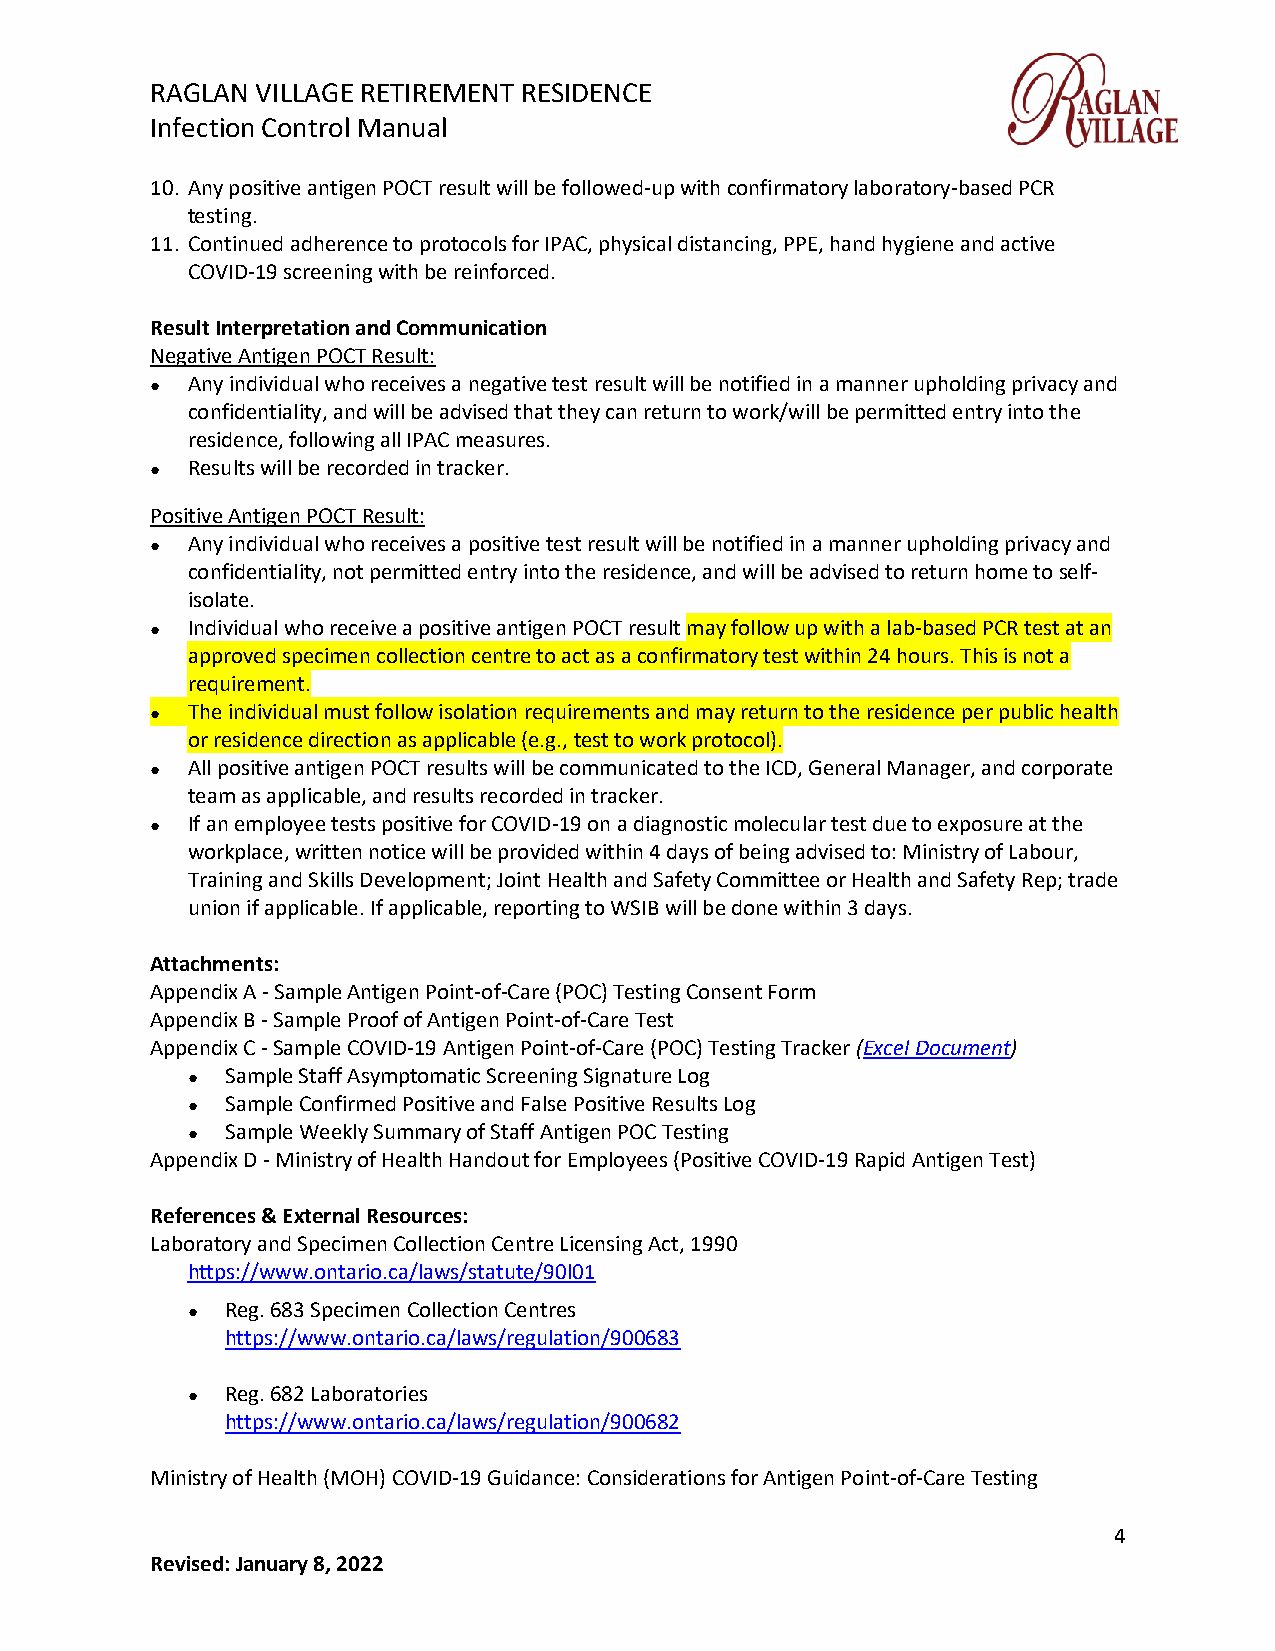
RAGLAN VILLAGE RETIREMENT RESIDENCE
 Infection Control Manual
 10. Any positive antigen POCT result will be followed-up with confirmatory laboratory-based PCR
 testing.
 11. Continued adherence to protocols for IPAC, physical distancing, PPE, hand hygiene and active
 COVID-19 screening with be reinforced.
 Result Interpretation and Communication
 Negative Antigen POCT Result:
 ● Any individual who receives a negative test result will be notified in a manner upholding privacy and
 confidentiality, and will be advised that they can return to work/will be permitted entry into the
 residence, following all IPAC measures.
 ● Results will be recorded in tracker.
 Positive Antigen POCT Result:
 ● Any individual who receives a positive test result will be notified in a manner upholding privacy and
 confidentiality, not permitted entry into the residence, and will be advised to return home to self-
 isolate.
 ● Individual who receive a positive antigen POCT result may follow up with a lab-based PCR test at an
 approved specimen collection centre to act as a confirmatory test within 24 hours. This is not a
 requirement.
 ● The individual must follow isolation requirements and may return to the residence per public health
 or residence direction as applicable (e.g., test to work protocol).
 ● All positive antigen POCT results will be communicated to the ICD, General Manager, and corporate
 team as applicable, and results recorded in tracker.
 ● If an employee tests positive for COVID-19 on a diagnostic molecular test due to exposure at the
 workplace, written notice will be provided within 4 days of being advised to: Ministry of Labour,
 Training and Skills Development; Joint Health and Safety Committee or Health and Safety Rep; trade
 union if applicable. If applicable, reporting to WSIB will be done within 3 days.
 Attachments:
 Appendix A - Sample Antigen Point-of-Care (POC) Testing Consent Form
 Appendix B - Sample Proof of Antigen Point-of-Care Test
 Appendix C - Sample COVID-19 Antigen Point-of-Care (POC) Testing Tracker (Excel Document)
 ●  Sample Staff Asymptomatic Screening Signature Log
 ●  Sample Confirmed Positive and False Positive Results Log
 ●  Sample Weekly Summary of Staff Antigen POC Testing
 Appendix D - Ministry of Health Handout for Employees (Positive COVID-19 Rapid Antigen Test)
 References & External Resources:
 Laboratory and Specimen Collection Centre Licensing Act, 1990
 https://www.ontario.ca/laws/statute/90l01
 ●  Reg. 683 Specimen Collection Centres
 https://www.ontario.ca/laws/regulation/900683
 ●  Reg. 682 Laboratories
 https://www.ontario.ca/laws/regulation/900682
 Ministry of Health (MOH) COVID-19 Guidance: Considerations for Antigen Point-of-Care Testing
 4
 Revised: January 8, 2022